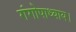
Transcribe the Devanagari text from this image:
गंगोपाध्याय।